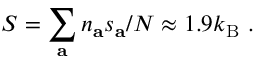
S = \sum _ { \mathbf { a } } n _ { \mathbf { a } } s _ { \mathbf { a } } / N \approx 1 . 9 k _ { \mathrm { B } } ~ .